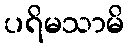
ပရိမသာမိ